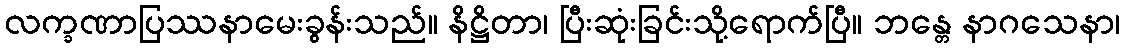
လက္ခဏာပြဿနာမေးခွန်းသည်။ နိဋ္ဌိတာ၊ ပြီးဆုံးခြင်းသို့ရောက်ပြီ။ ဘန္တေ နာဂသေနာ၊